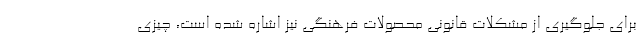
برای جلوگیری از مشکلات قانونی محصولات فرهنگی نیز اشاره شده است، چیزی